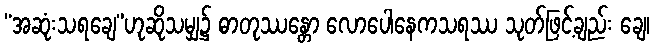
“အဆုံးသရချေ”ဟုဆိုသမျှ၌ ဓာတုဿန္တော လောပေါနေကသရဿ သုတ်ဖြင့်ချည်း ချေ၊